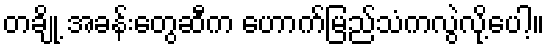
တချို့ အခန်းတွေဆီက ဟောက်မြည်သံကလွဲလို့ပေါ့။